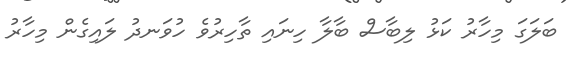
ބަލަގަ މިހާރު ކަޅު ލިބާސް ބާލާ ހިނައި ތާހިރުވެ ހުވަނދު ލައިގެން މިހާރު